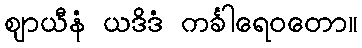
ဈာယီနံ ယဒိဒံ ကင်္ခါရေဝတော။